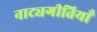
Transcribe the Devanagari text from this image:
नाट्यगीतियाँ